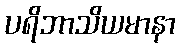
ပရိဘာသိယမာနာ